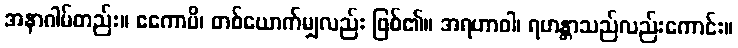
အနာဂါမ်တည်း။ ဧကောပိ၊ တစ်ယောက်မျှလည်း ဖြစ်၏။ အရဟာဝါ၊ ရဟန္တာသည်လည်းကောင်း။